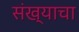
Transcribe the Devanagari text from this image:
संख्याचा